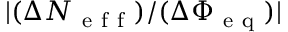
\lvert ( \Delta N _ { \mathrm { ~ e ~ f ~ f ~ } } ) / ( \Delta \Phi _ { \mathrm { ~ e ~ q ~ } } ) \rvert